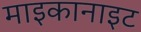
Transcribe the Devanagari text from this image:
माइकानाइट